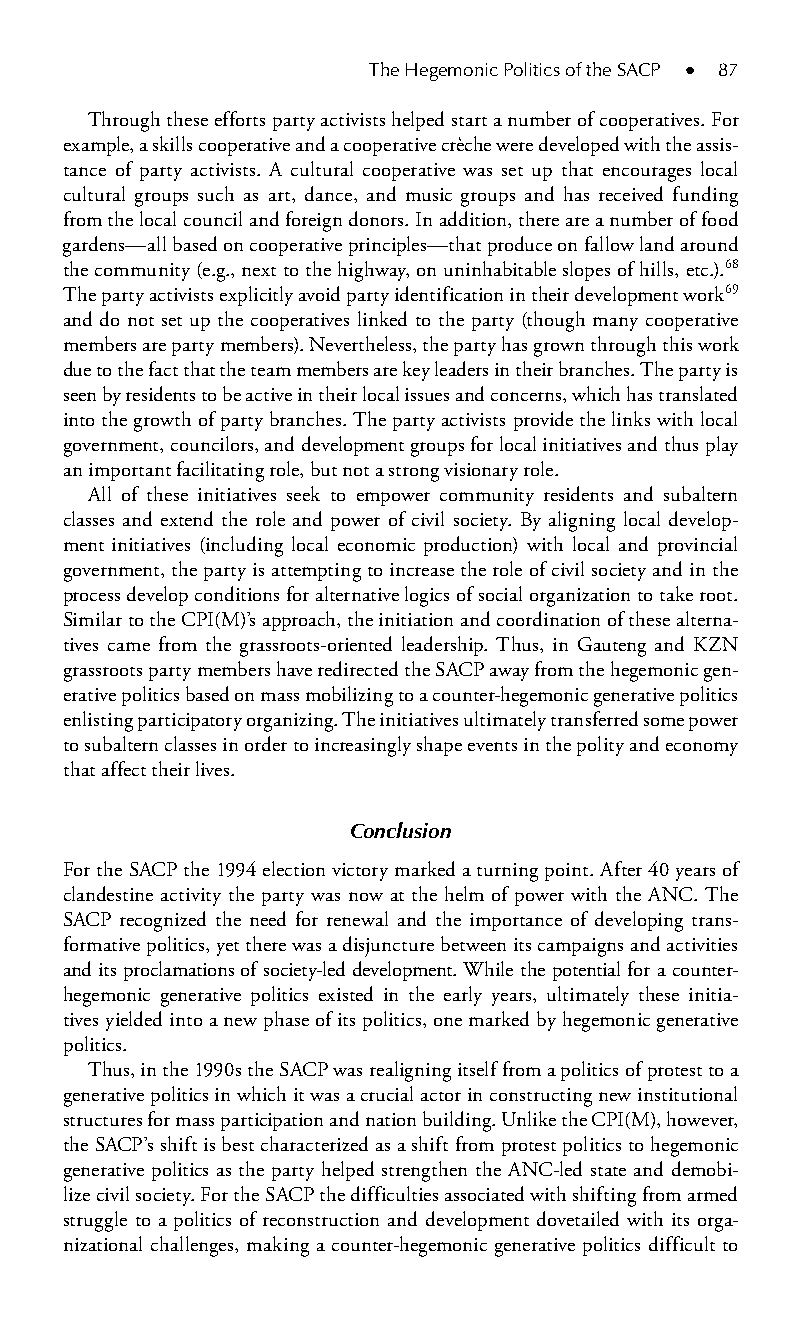
The Hegemonic Politics of the SACP ● 87
 Through these efforts party activists helped start a number of cooperatives. For
 example, a skills cooperative and a cooperative crèche were developed with the assis-
 tance of party activists. A cultural cooperative was set up that encourages local
 cultural groups such as art, dance, and music groups and has received funding
 from the local council and foreign donors. In addition, there are a number of food
 gardens—all based on cooperative principles—that produce on fallow land around
 the community (e.g., next to the highway, on uninhabitable slopes of hills, etc.).68
 The party activists explicitly avoid party identification in their development work69
 and do not set up the cooperatives linked to the party (though many cooperative
 members are party members). Nevertheless, the party has grown through this work
 due to the fact that the team members are key leaders in their branches. The party is
 seen by residents to be active in their local issues and concerns, which has translated
 into the growth of party branches. The party activists provide the links with local
 government, councilors, and development groups for local initiatives and thus play
 an important facilitating role, but not a strong visionary role.
 All of these initiatives seek to empower community residents and subaltern
 classes and extend the role and power of civil society. By aligning local develop-
 ment initiatives (including local economic production) with local and provincial
 government, the party is attempting to increase the role of civil society and in the
 process develop conditions for alternative logics of social organization to take root.
 Similar to the CPI(M)’s approach, the initiation and coordination of these alterna-
 tives came from the grassroots-oriented leadership. Thus, in Gauteng and KZN
 grassroots party members have redirected the SACP away from the hegemonic gen-
 erative politics based on mass mobilizing to a counter-hegemonic generative politics
 enlisting participatory organizing. The initiatives ultimately transferred some power
 to subaltern classes in order to increasingly shape events in the polity and economy
 that affect their lives.
 Conclusion
 For the SACP the 1994 election victory marked a turning point. After 40 years of
 clandestine activity the party was now at the helm of power with the ANC. The
 SACP recognized the need for renewal and the importance of developing trans-
 formative politics, yet there was a disjuncture between its campaigns and activities
 and its proclamations of society-led development. While the potential for a counter-
 hegemonic generative politics existed in the early years, ultimately these initia-
 tives yielded into a new phase of its politics, one marked by hegemonic generative
 politics.
 Thus, in the 1990s the SACP was realigning itself from a politics of protest to a
 generative politics in which it was a crucial actor in constructing new institutional
 structures for mass participation and nation building. Unlike the CPI(M), however,
 the SACP’s shift is best characterized as a shift from protest politics to hegemonic
 generative politics as the party helped strengthen the ANC-led state and demobi-
 lize civil society. For the SACP the difficulties associated with shifting from armed
 struggle to a politics of reconstruction and development dovetailed with its orga-
 nizational challenges, making a counter-hegemonic generative politics difficult to
 99778800223300660066440011ttss0066..iinndddd 8877 33//2255//22000088 99::1199::0055 AAMM